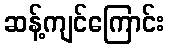
ဆန့်ကျင်ကြောင်း